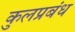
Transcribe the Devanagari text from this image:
कुलप्रबंध